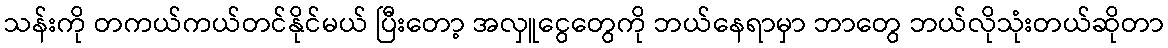
သန်းကို တကယ်ကယ်တင်နိုင်မယ် ပြီးတော့ အလှူငွေတွေကို ဘယ်နေရာမှာ ဘာတွေ ဘယ်လိုသုံးတယ်ဆိုတာ